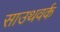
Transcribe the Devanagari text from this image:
साउथवर्क